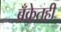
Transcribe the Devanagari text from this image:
बँकेतही